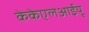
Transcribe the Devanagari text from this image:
केकेएलआईयू